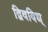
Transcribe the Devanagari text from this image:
द्विवविध्